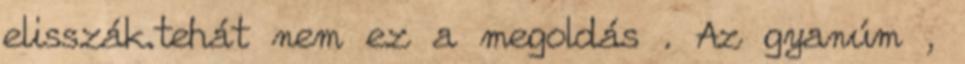
elisszák.tehát nem ez a megoldás . Az gyanúm ,